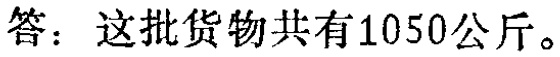
答：这批货物共有1050公斤。